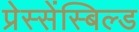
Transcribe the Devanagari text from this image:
प्रेस्सेंस्बिल्ड